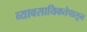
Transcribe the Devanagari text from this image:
व्यावसायिकतेपासून